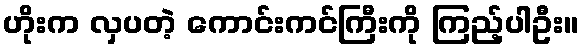
ဟိုးက လှပတဲ့ ကောင်းကင်ကြီးကို ကြည့်ပါဦး။